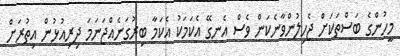
މީހުންގެ ބަސްތަކަށް ޖެހިލުންވާނެކަން ވެސް އެނގޭ އެކަމަކު އެކަމާ ބިރުގަނެއްޖަނަމަ ދިރިއުޅުން އިތުރަށް